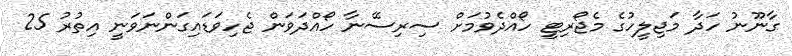
ގާނޫނު ހަދާ މަޖިލީހުގެ މެޖޯރިޓީ ހޯއްދެވުމަށް ސިރިސޭނާ ހޯއްދަވަން ޖެހިވަޑައިގަންނަވަނީ އިތުރު 25